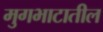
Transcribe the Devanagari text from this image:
मुगभाटातील